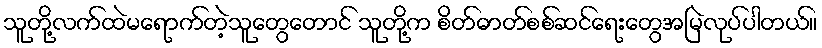
သူတို့လက်ထဲမရောက်တဲ့သူတွေတောင် သူတို့က စိတ်ဓာတ်စစ်ဆင်ရေးတွေအမြဲလုပ်ပါတယ်။